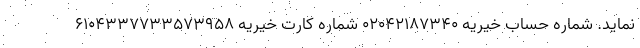
نماید. شماره حساب خیریه 02042187340 شماره کارت خیریه 6104337733573958